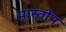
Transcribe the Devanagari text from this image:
मास्तीन